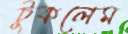
টুকলেম